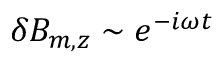
\delta B _ { m , z } \sim e ^ { - i \omega t }